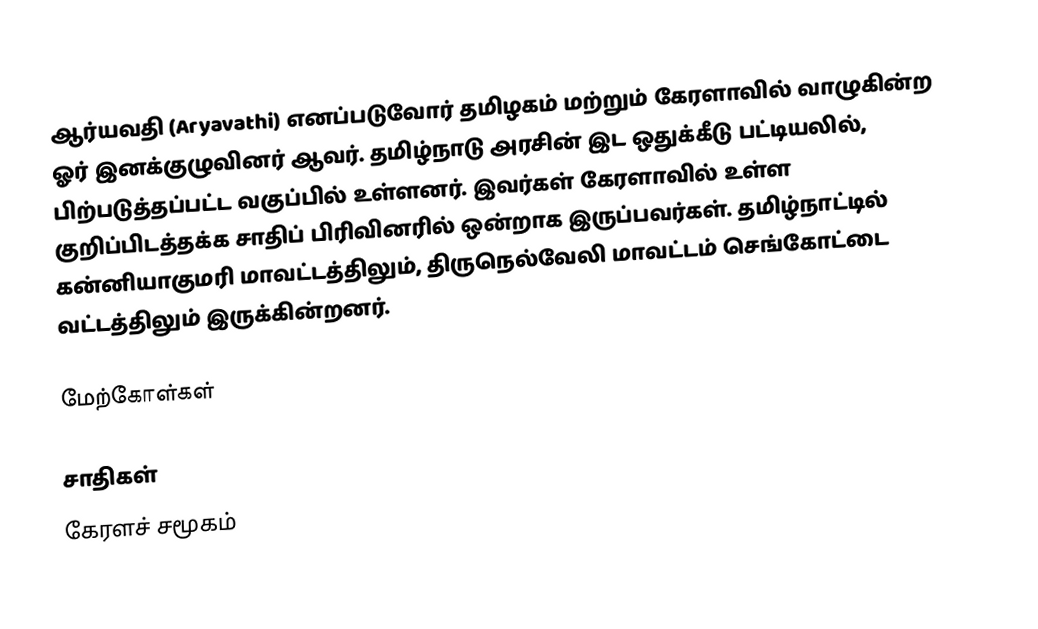
ஆர்யவதி (Aryavathi) எனப்படுவோர் தமிழகம் மற்றும் கேரளாவில் வாழுகின்ற ஓர் இனக்குழுவினர் ஆவர். தமிழ்நாடு அரசின் இட ஒதுக்கீடு பட்டியலில், பிற்படுத்தப்பட்ட வகுப்பில் உள்ளனர். இவர்கள் கேரளாவில் உள்ள குறிப்பிடத்தக்க சாதிப் பிரிவினரில் ஒன்றாக இருப்பவர்கள். தமிழ்நாட்டில் கன்னியாகுமரி மாவட்டத்திலும், திருநெல்வேலி மாவட்டம் செங்கோட்டை வட்டத்திலும் இருக்கின்றனர்.

மேற்கோள்கள்

சாதிகள்
கேரளச் சமூகம்